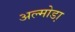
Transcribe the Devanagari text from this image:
अल्मोडा़